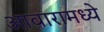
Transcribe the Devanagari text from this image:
आवारामध्ये